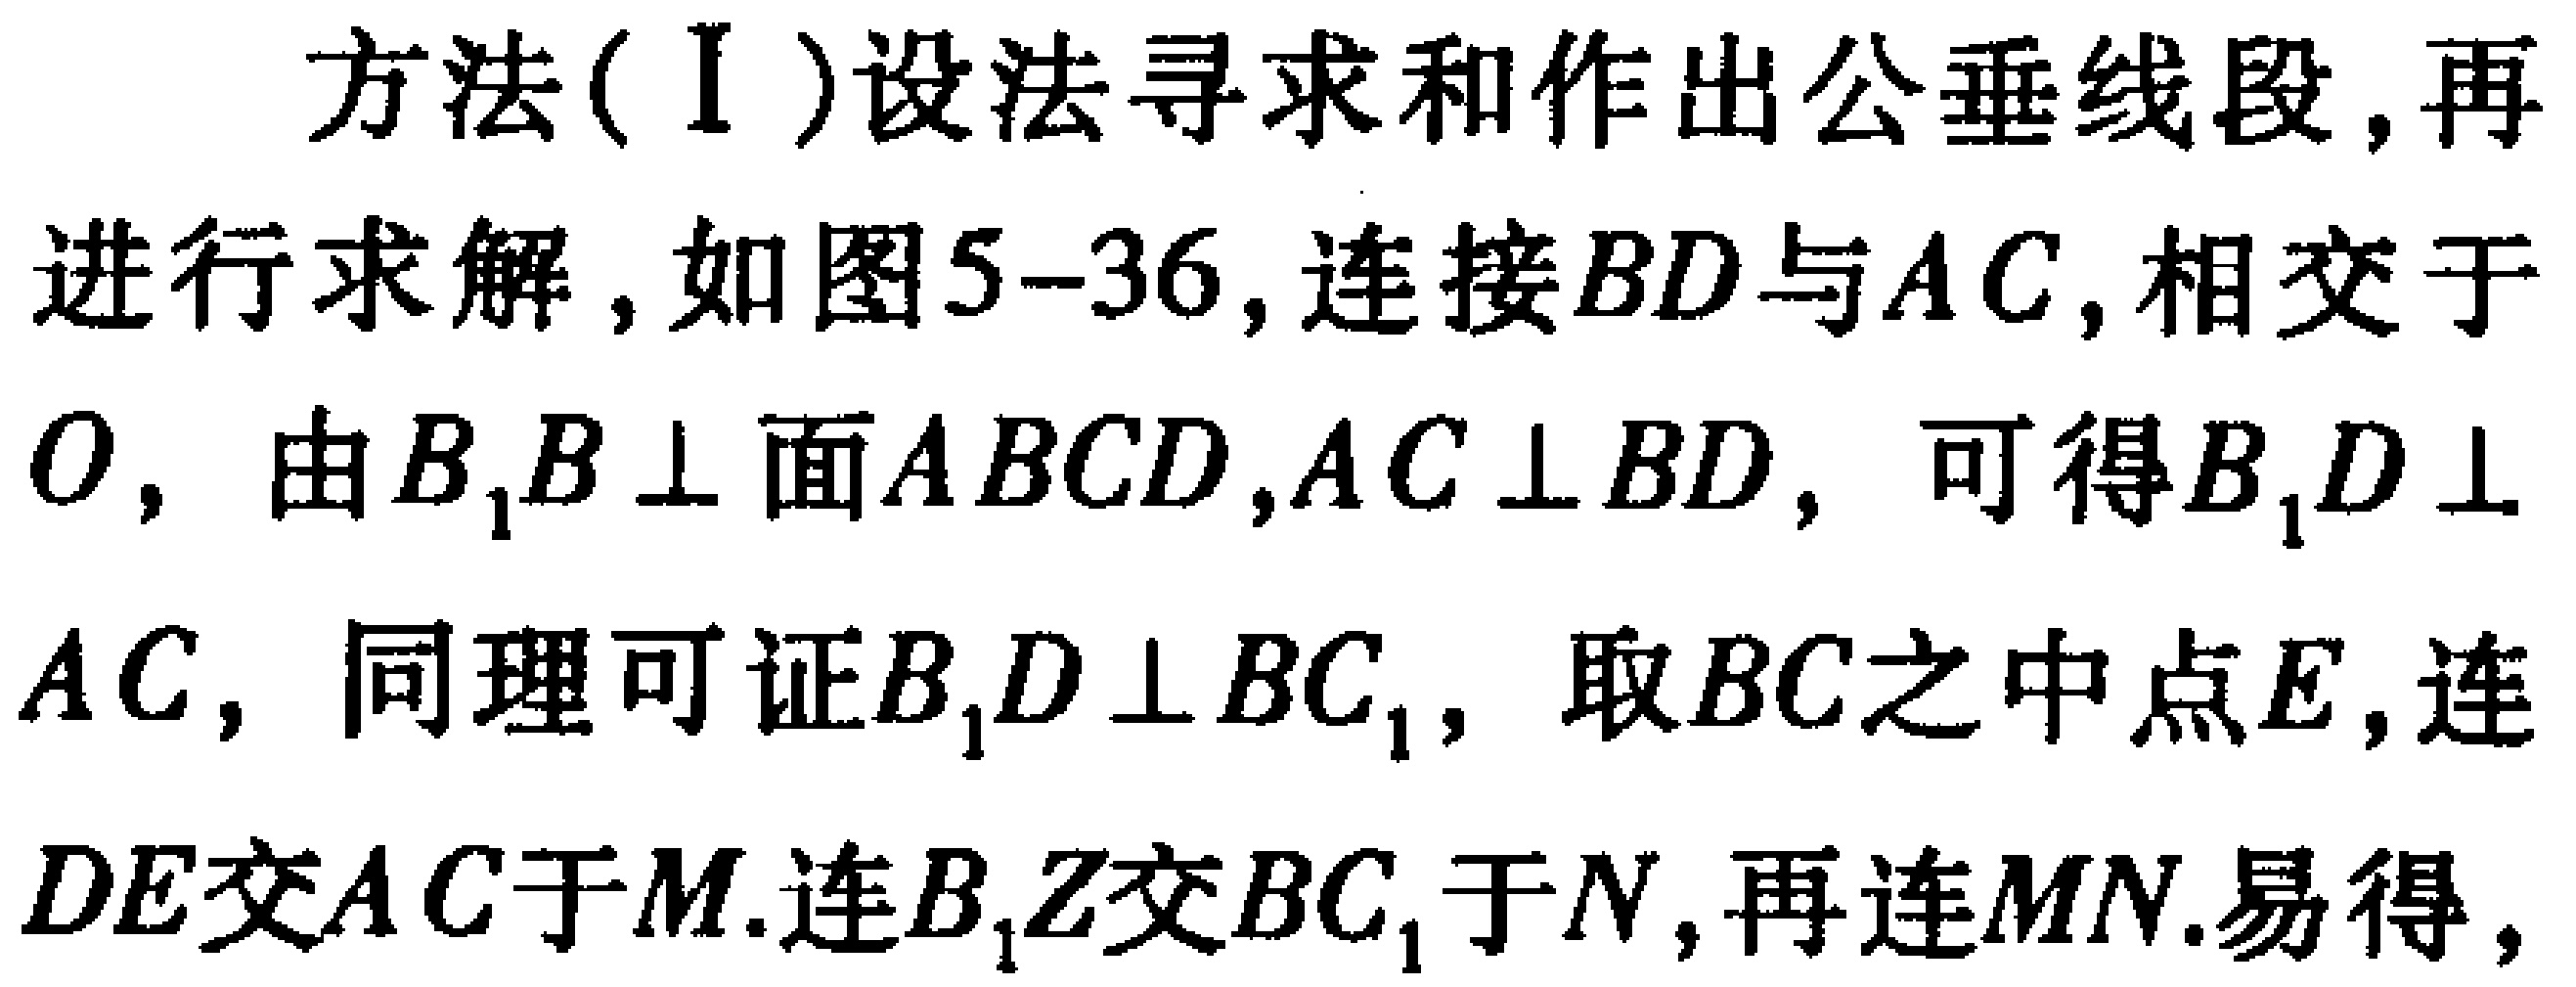
方法(Ⅰ)设法寻求和作出公垂线段,再
进行求解,如图5-36,连接$BD$与$AC$,相交于
$O$, 由$B_{1}B\perp$面$ABCD$,$AC\perp BD$, 可得$B_{1}D\perp$
$AC$, 同理可证$B_{1}D\perp BC_{1}$, 取$BC$之中点$E$,连
$DE$交$AC$于$M$.连$B_{1}Z$交$BC_{1}$于$N$,再连$MN$.易得,